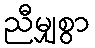
ညီမျှစွာ